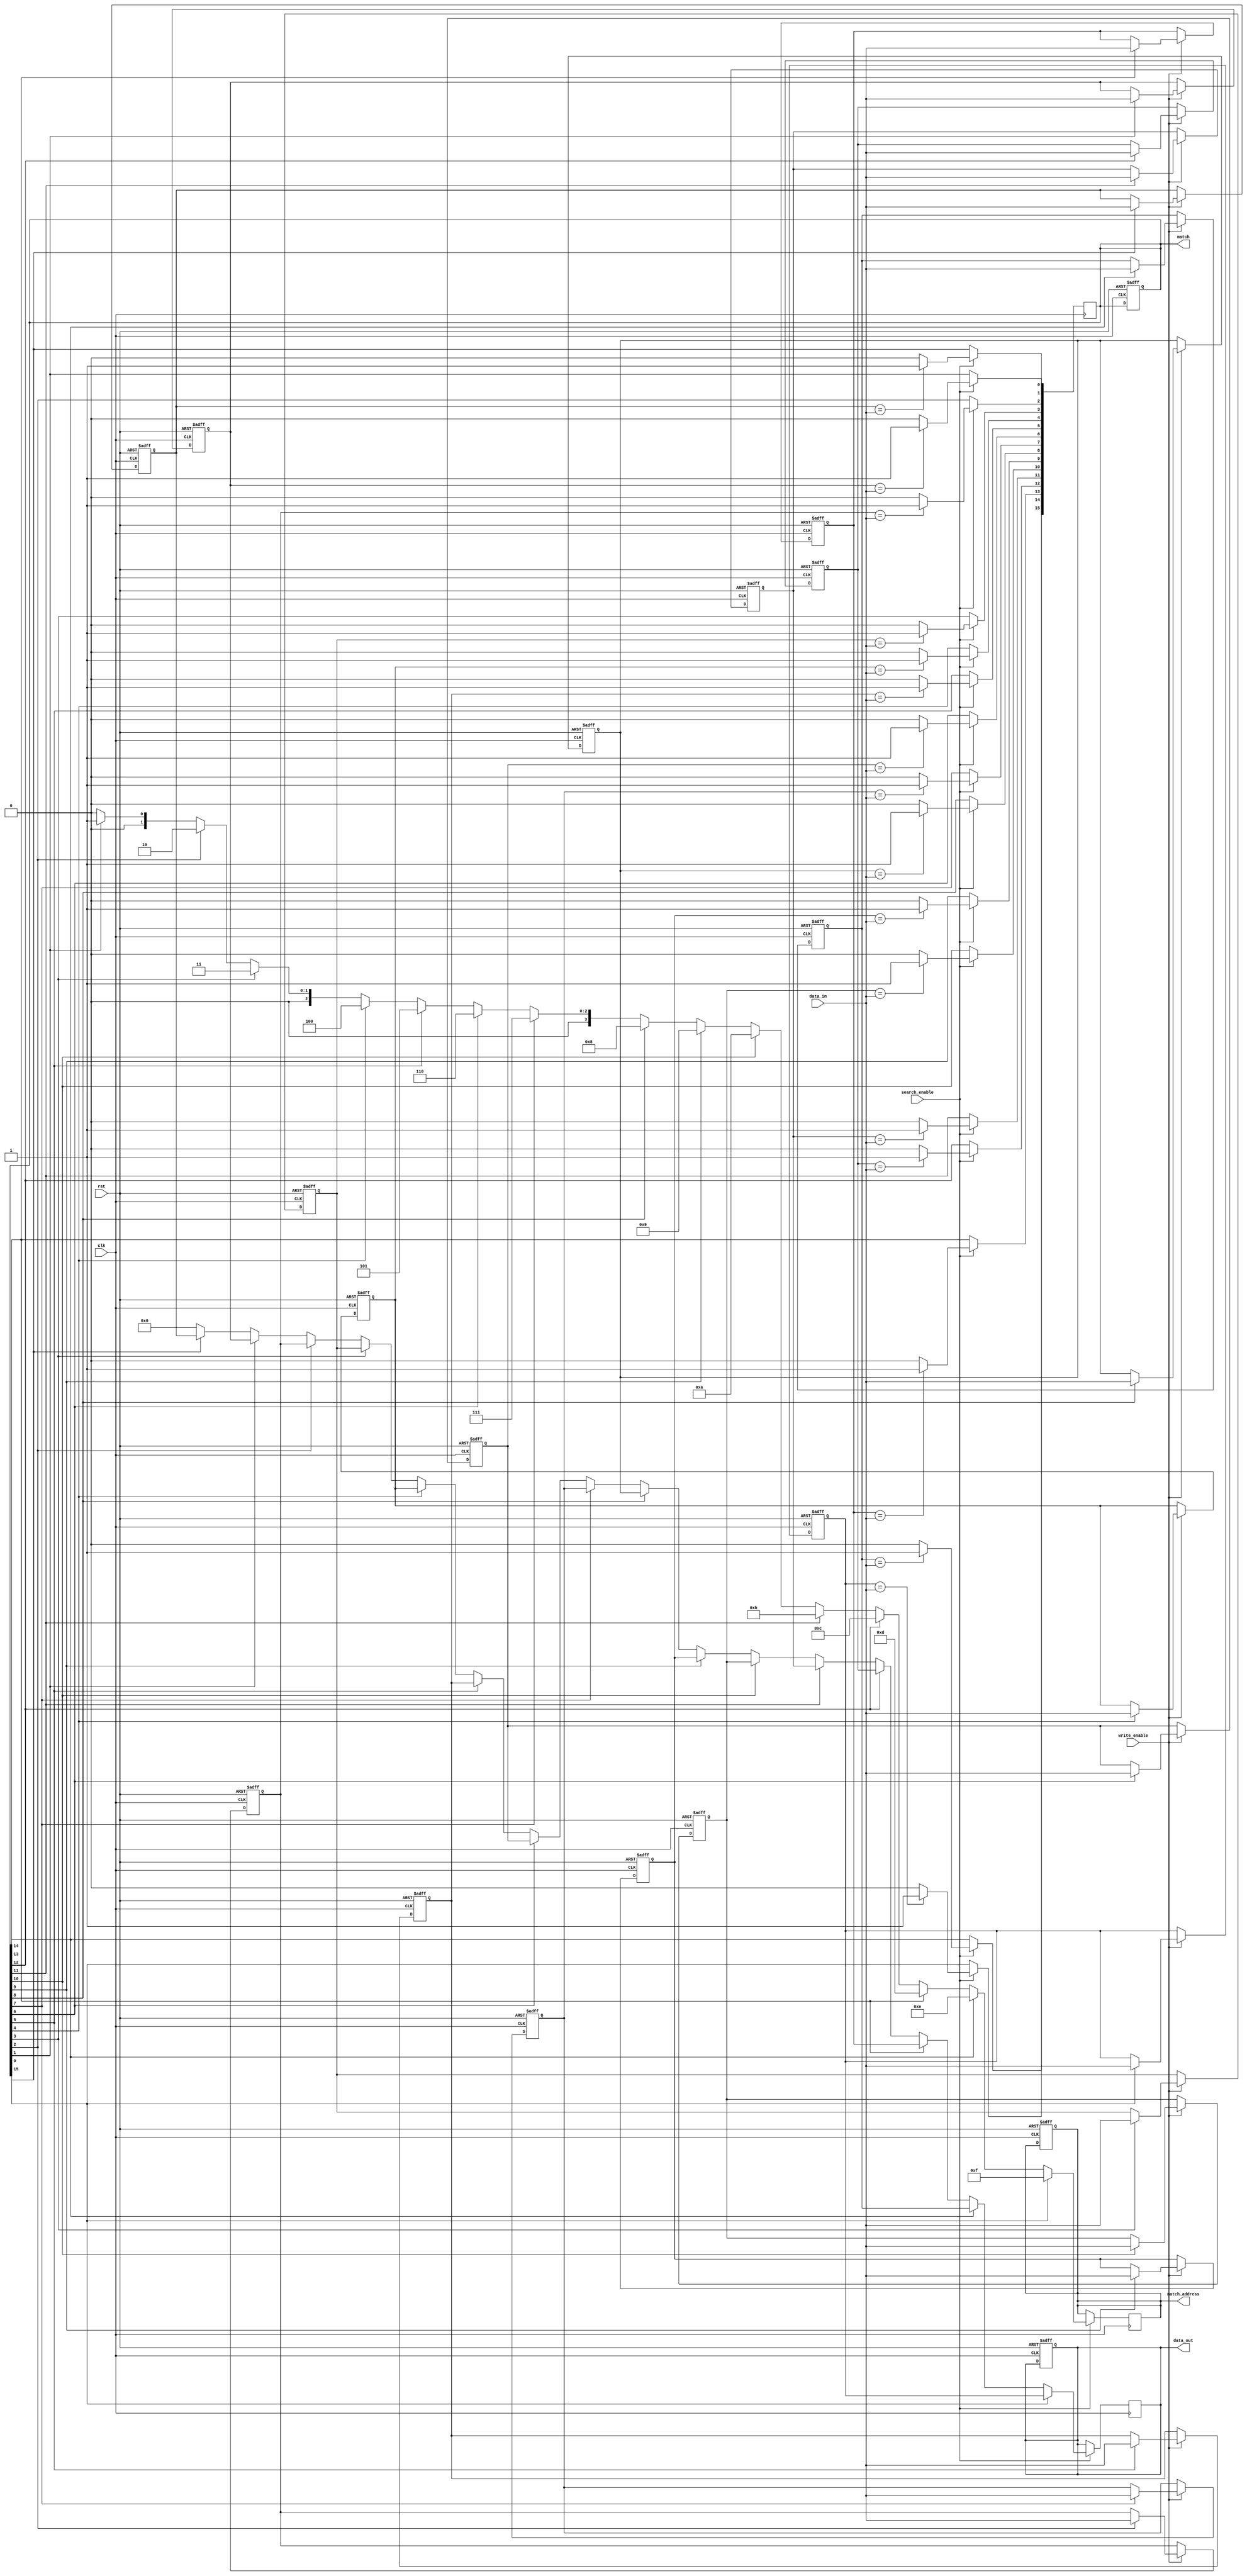
module BCAM #(
    parameter N = 16, // Number of entries
    parameter M = 8    // Width of each entry
)(
    input wire clk,
    input wire rst,
    input wire [M-1:0] data_in, // Input data for write/search
    input wire write_enable,      // Write enable signal
    input wire search_enable,     // Search enable signal
    output reg [N-1:0] match,     // Match signals for each entry
    output reg [M-1:0] data_out,   // Output data for matched entry
    output reg [$clog2(N)-1:0] match_address // Address of matched entry
);

// Memory array
reg [M-1:0] memory [0:N-1];

// Internal signals
integer i;

// Write operation
always @(posedge clk or posedge rst) begin
    if (rst) begin
        // Reset memory
        for (i = 0; i < N; i = i + 1) begin
            memory[i] <= {M{1'b0}};
        end
        match <= {N{1'b0}};
        data_out <= {M{1'b0}};
        match_address <= {($clog2(N)){1'b0}};
    end else if (write_enable) begin
        // Write data to memory
        for (i = 0; i < N; i = i + 1) begin
            if (match[i]) begin
                memory[i] <= data_in; // Write data to matched entry
            end
        end
    end
end

// Search operation
always @(posedge clk) begin
    if (search_enable) begin
        match <= {N{1'b0}}; // Clear previous matches
        for (i = 0; i < N; i = i + 1) begin
            if (memory[i] == data_in) begin
                match[i] <= 1'b1; // Set match signal for matched entry
            end
        end
    end
end

// Output logic
always @(posedge clk) begin
    if (search_enable) begin
        data_out <= {M{1'b0}}; // Clear output data
        match_address <= {($clog2(N)){1'b0}}; // Clear match address
        for (i = 0; i < N; i = i + 1) begin
            if (match[i]) begin
                data_out <= memory[i]; // Output matched data
                match_address <= i[$clog2(N)-1:0]; // Output match address
            end
        end
    end
end

endmodule